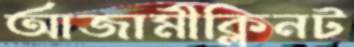
আজামীক্লিনট